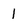
Character: 1